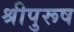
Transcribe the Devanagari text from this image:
श्रीपुरूष